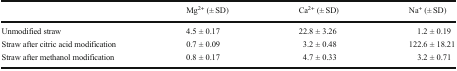
|  | Mg2+ (± SD) | Ca2+ (± SD) | Na+ (± SD) |
 | --- | --- | --- | --- |
 | Unmodified straw | 4.5 ± 0.17 | 22.8 ± 3.26 | 1.2 ± 0.19 |
 | Straw after citric acid modification | 0.7 ± 0.09 | 3.2 ± 0.48 | 122.6 ± 18.21 |
 | Straw after methanol modification | 0.8 ± 0.17 | 4.7 ± 0.33 | 3.2 ± 0.71 |